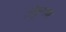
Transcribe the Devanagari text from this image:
टोकुगावा